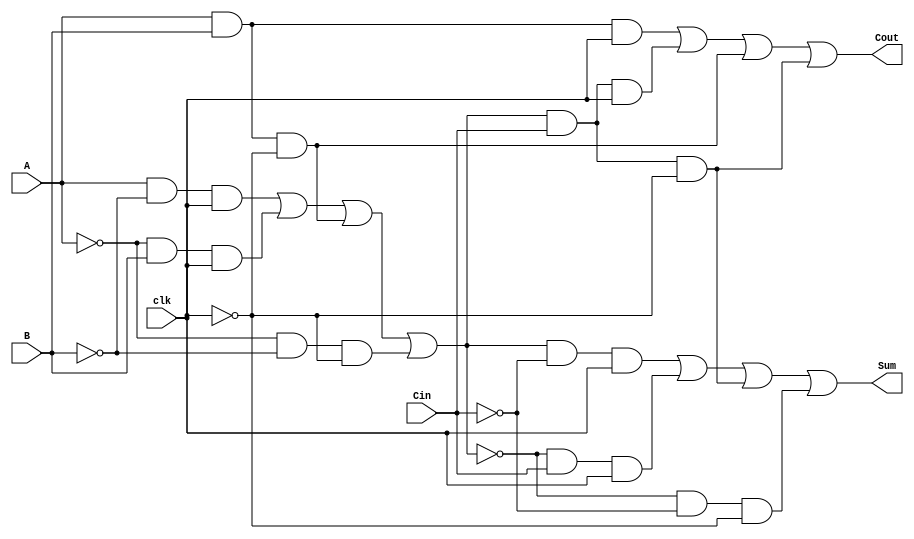
module dynamic_full_adder (
    input wire A,       // First input bit
    input wire B,       // Second input bit
    input wire Cin,     // Carry-in bit
    input wire clk,     // Clock signal
    output wire Sum,    // Sum output
    output wire Cout    // Carry-out output
);

    // Intermediate signals
    wire AB;           // A AND B
    wire A_xor_B;     // A XOR B
    wire A_xor_B_Cin; // (A XOR B) XOR Cin

    // Dynamic logic for Sum calculation
    // Precharge phase
    wire precharge_sum, eval_sum;

    assign precharge_sum = clk; // Precharge when clk is high
    assign eval_sum = ~clk;      // Evaluate when clk is low

    // Calculate A XOR B using dynamic logic
    // Level 1: A XOR B
    assign A_xor_B = (A & ~B & precharge_sum) | (~A & B & precharge_sum) | 
                     (A & B & eval_sum) | (~A & ~B & eval_sum);

    // Level 2: (A XOR B) XOR Cin for Sum
    assign Sum = (A_xor_B & ~Cin & precharge_sum) | (~A_xor_B & Cin & precharge_sum) |
                 (A_xor_B & Cin & eval_sum) | (~A_xor_B & ~Cin & eval_sum);

    // Dynamic logic for Cout calculation
    // Precharge phase
    wire precharge_cout, eval_cout;

    assign precharge_cout = clk; // Precharge when clk is high
    assign eval_cout = ~clk;      // Evaluate when clk is low

    // Calculate A AND B
    assign AB = A & B;

    // Cout Calculation: Cout = (A AND B) OR (Cin AND (A XOR B))
    assign Cout = (AB & precharge_cout) | (Cin & A_xor_B & precharge_cout) |
                  (AB & eval_cout) | (Cin & A_xor_B & eval_cout);

endmodule